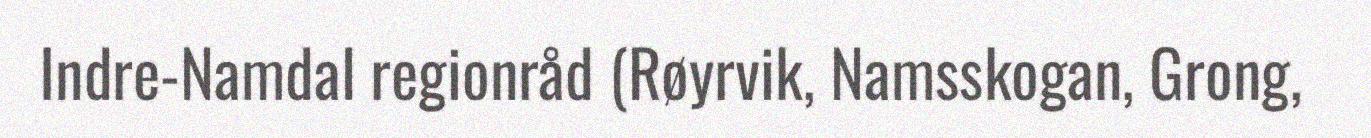
Indre-Namdal regionråd (Røyrvik, Namsskogan, Grong,